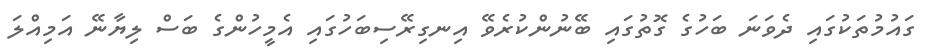
ގައުމުތަކުގައި ދެވަނަ ބަހުގެ ގޮތުގައި ބޭނުންކުރެވޭ އިނގިރޭސިބަހުގައި އެމީހުންގެ ބަސް ލިޔާނޭ އަމިއްލަ